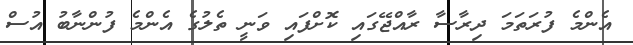
އެންމެ ފުރަތަމަ ދިރާސާ ރާއްޖޭގައި ކޮށްފައި ވަނީ ތެލުގެ އެންމެ ފުންނާބު އުސް